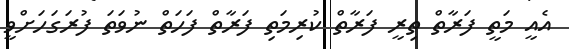
އެއީ މަތީ ފަރާތް ތިރީ ފަރާތް ކުރިމަތި ފަރާތް ފަހަތް ނުވަތަ ފުރަގަހަށްވީ